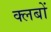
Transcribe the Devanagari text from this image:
क्‍लबों